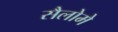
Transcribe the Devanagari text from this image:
सैलोमे